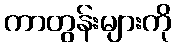
ကာတွန်းများကို